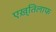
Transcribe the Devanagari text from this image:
एख़्तिलाफ